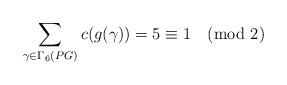
LaTeX: \begin{align*}\sum_{\gamma\in\Gamma_{6}(PG)}c(g(\gamma))=5\equiv 1\pmod 2\end{align*}